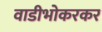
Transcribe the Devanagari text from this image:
वाडीभोकरकर